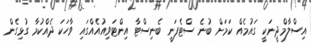
އިސްލާމްދީނަކީ ގައުމެއް ކަމަށް ބުނެ ސްޓެފަނީ ބެނިސްޓާ އިންޓަވިއުއެއްގައި ވާހަކަ ދެއްކުމާ ގުޅިގެން